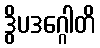
ဒွိပဒဂ္ဂေါတိ